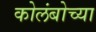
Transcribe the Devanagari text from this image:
कोलंबोच्या